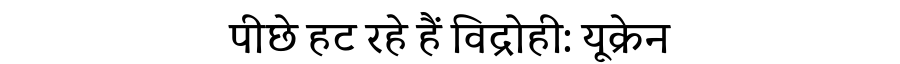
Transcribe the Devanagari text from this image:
पीछे हट रहे हैं विद्रोही: यूक्रेन